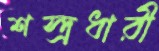
শস্ত্রধারী